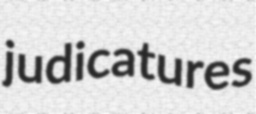
judicatures